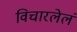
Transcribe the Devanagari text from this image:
विचारलेलं